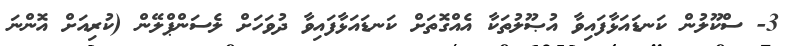
3- ސްކޫލުން ކަނޑައަޅާފައިވާ އުޞޫލުތަކާ އެއްގޮތަށް ކަނޑައަޅާފައިވާ ދުވަހަށް ލެސަންޕްލޭން (ކުރިއަށް އޮންނަ